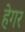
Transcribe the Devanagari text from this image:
हेगर